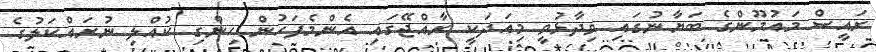
ރައީސް މައުމޫންގެ ބަޔާނުގައި ވިދާޅުވީ މިއަދަކީ ރާއްޖޭގައި އެންމެފަހުން ހިންގި ކުއްލި ނުރައްކަލުގެ